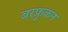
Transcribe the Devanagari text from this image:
बरफ़ुकन